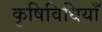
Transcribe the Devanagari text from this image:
कृषिविधियाँ